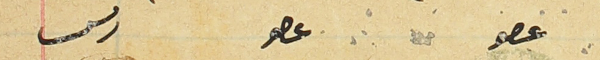
عصو                   عصو                     رىس